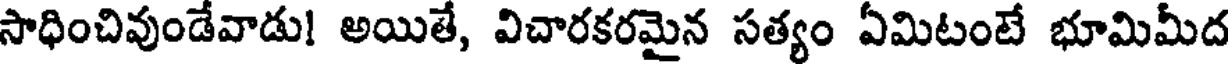
సాధించివుండేవాడు! అయితే, విచారకరమైన సత్యం ఏమిటంటే భూమిమీద